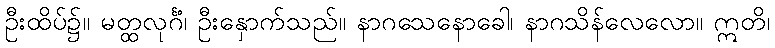
ဦးထိပ်၌။ မတ္ထလုင်္ဂံ၊ ဦးနှောက်သည်။ နာဂသေနောခေါ၊ နာဂသိန်လေလော။ ဣတိ၊